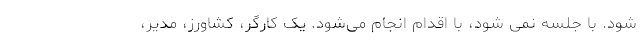
شود. با جلسه نمی شود، با اقدام انجام می‌شود. یک کارگر، کشاورز، مدیر،